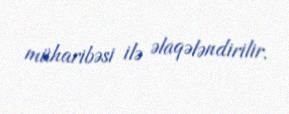
müharibəsi ilə əlaqələndirilir.